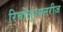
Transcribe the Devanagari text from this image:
रिवोलुश्यनरीज